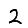
Digit: 2